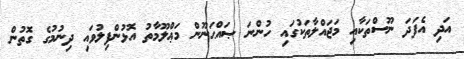
އަދި އެފަދަ ނޫސްތަކާއި މަޖައްލާތަކުގައި ހުންނަ ޞައްޙަނޫން މަޢްލޫމާތު އޮޅުންފިލުވައި ދިނުމުގެ ގޮތުން